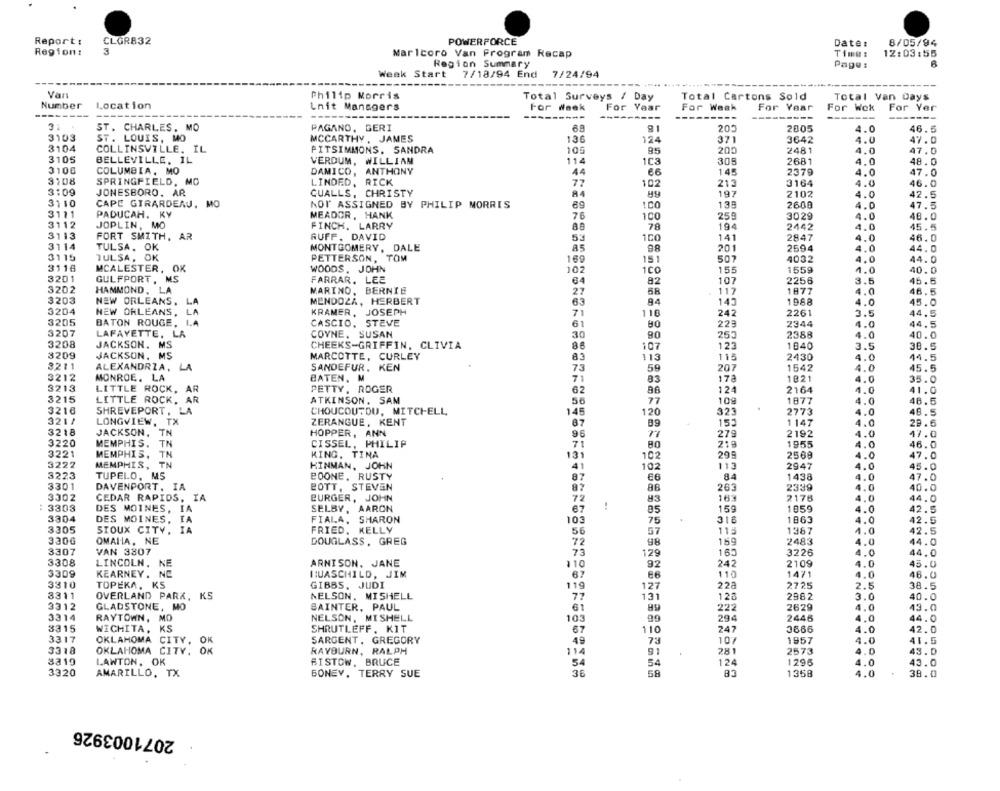
Report:
CLOR832
POWERFORCE
Date:
8/05/94
Region:
3
MarIcoro Van Program Recap
Time:
12:03:55
Region Summary
Page :
Week Start
7/18/94 End
7/24/94
Van
Philip Morris
Total Cartons Sold
Total Surveys / Day
Total Van Days
Number
Location
Lnit Managers
For week
For Year
For Weak
For Year
For Wok For Yer
---
---
----
----
----
----
ST. CHARLES, MO
PAGANO, GERI
911
205
2005
4.0
46.5
3103
ST. LOUIS, MO
MCCARTHY , JAMES
136
124
371
3642
4.0
3104
COLLINSVILLE, IL
PITSIMMONS. SANDRA
105
95
200
2481
4.0
47.0
3105
BELLEVILLE, IL
VERDUM, WILLIAM
114
1C3
305
2681
4.0
48.0
3106
COLUMBIA, MO
DAMICO, ANTHONY
44
145
2379
4.0
47.0
3108
SPRINGFIELD, MO
LINDED, RICK
77
102
213
3164
4.0
46.0
3:09
JONESBORO. AR
CUALLS, CHRISTY
197
2102
4.0
42.5
3110
CAPE GIRARDEAU, MO
NOT ASSIGNED BY PHILIP MORRIS
1.00
138
2600
4.0
47.5
3111
PADUCAH. KY
MEADOR, HANK
76
100
255
3029
4.0
48.0
3112
JOPLIN, MO
FINCH. LARRY
78
194
2442
4.0
45.5
3113
FORT SMITH, AR
RUFF. DAVID
53
100
141
2847
4.0
46.0
3114
AS
TULSA. OK
MONTGOMERY, DALE
98
201
2594
4.0
44.0
3115
TULSA, OK
PETTERSON, TOM
169
151
507
4032
4.0
44.0
3116
MCALESTER, OK
WOODS, JOHN
102
1CC
155
1559
4.0
40.0
3201
GULFPORT , MS
FARRAR. LEE
64
82
107
2256
3.5
45.5
3202
HAMMOND, LA
MARINO, BERNIE
27
58
117
1877
4.0
46.5
3203
NEW ORLEANS.
LA
MENDOZA, HERBERT
63
94
145
1988
4.0
45.0
3204
NEW ORLEANS,
LA
KRAMER, JOSEPH
71
110
242
2261
3.5
44.5
3205
BATON ROUGE
L.A
CASCIO, STEVE
61
223
2344
4.0
44.5
3207
LAFAYETTE, LA
8.0
40.0
COYNE. SUSAN
30
253
2388
4.0
3208
JACKSON. MS
CHEEKS-GRIFFIN, CLIVIA
86
107
123
1840
3.5
38.9
3209
JACKSON, MS
MARCOTTE, CURLEY
113
113
2430
4.0
44.5
83
3211
ALEXANDRIA, LA
SANDEFUR. KEN
73
59
207
1542
4.0
45.5
3212
MONROE. LA
BATEN. M
71
178
1821
4.0
35.0
3213
LITTLE ROCK, AR
PETTY. ROGER
124
2164
4.0
41.0
62
86
3215
LITTLE ROCK, AR
ATKINSON. SAM
56
77
109
1877
4.0
48.5
3216
SHREVEPORT, LA
CHOUCOUTOU, MITCHELL,
145
120
323
2773
4.0
48.5
321/
LONGVIEW, TX
ZERANGUE, KENT
87
152
1147
4.0
29.6
3218
JACKSON,
TN
HOPPER, ANN
96
77
279
2192
4.0
47.0
3220
MEMPHIS.
TN
CISSEL, PHILIP
71
219
1955
4.0
46.0
3221
MEMPHIS.
TN
KING, TINA
131
102
299
2569
4.0
47.0
3222
MEMPHIS,
TN
HINMAN, JOHN
41
102
113
2947
4.0
45.0
3223
TUPELO, MS
BOONE, RUSTY
8.4
1438
47.0
87
66
4.0
3301
DAVENPORT. IA
BOTT. STEVEN
87
88
263
2339
4.0
40.0
3302
CEDAR RAPIDS, IA
BURGER, JOHN
189
2178
4.0
44.0
72
!
83
159
3303
DES MOINES, IA
SELBY, AARON
67
85
1959
4.0
42.5
3304
DES MOINES, IA
FIALA, SHARON
103
75
316
1863
4.0
42.5
3305
SIOUX CITY. IA
FRIED, KELLY
56
57
115
1367
4.0
42.5
3306
OMALIA, NE
DOUGLASS, GREG
72
159
2483
4.0
44.0
3307
VAN 3307
73
129
1.65
3226
4.0
44.0
3308
LINCOLN, NE
ARNISON, JANE
92
2109
4.0
45.0
110
242
3309
KEARNEY. NC
RUASCHILD, JIM
67
110
1471
4.0
46.0
3310
TOPEKA, KS
GIBBS. JUDI
119
127
228
2725
2.5
38.5
3311
OVERLAND PARK, KS
NELSON, MISHELL
77
131
12ª
2982
3.0
40.0
3312
GLADSTONE, MO
BAINTER, PAUL
61
222
2629
4.0
43.0
3314
RAYTOWN, MO
NELSON, MISHELL
103
294
2445
4.0
44.0
3315
WICHITA, KS
SHRUTLEFF, KIT
67
110
247
3665
4.0
42.0
3317
OKLAHOMA CITY, OK
SARGENT, GREGORY
49
73
107
1957
4.0
41.5
3318
RAYBURN, RALPH
114
281
2573
43.0
OKLAHOMA CITY. OK
91
4.0
8a19
LAWTON, OK
BISTOW, BRUCE
54
124
1295
4.0
43.0
3320
AMARILLO, TX
36
58
BONEY, TERRY SUE
1358
4.0
38.0
2071003926